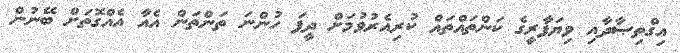
އިގްތިޞާދާއި ވިޔަފާރީގެ ކަންތައްތައް ކުރިއެރުވުމަށް ދީފަ ހުންނަ ތަންތަން އެއާ އެއްގޮތަށް ބޭނުން